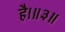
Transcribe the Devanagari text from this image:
है।॥३॥